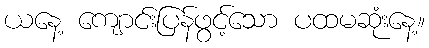
ယနေ့ ကျောင်းပြန်ဖွင့်သော ပထမဆုံးနေ့။